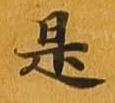
是